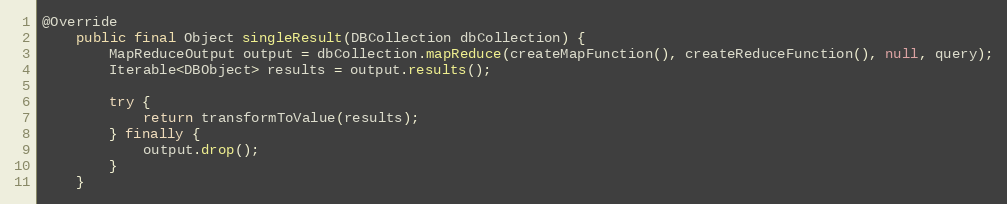
Language: Java
@Override
    public final Object singleResult(DBCollection dbCollection) {
        MapReduceOutput output = dbCollection.mapReduce(createMapFunction(), createReduceFunction(), null, query);
        Iterable<DBObject> results = output.results();

        try {
            return transformToValue(results);
        } finally {
            output.drop();
        }
    }